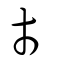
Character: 巿